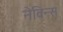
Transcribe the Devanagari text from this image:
नेविन्स